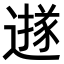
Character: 𨗅